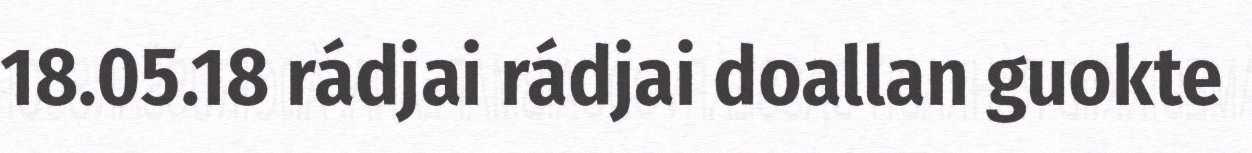
18.05.18 rádjai rádjai doallan guokte